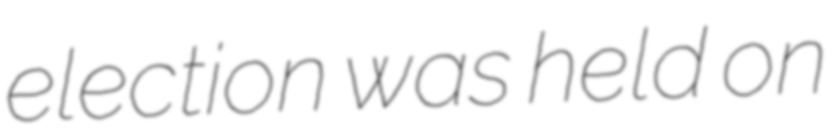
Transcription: election was held on